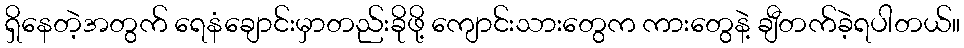
ရှိနေတဲ့အတွက် ရေနံချောင်းမှာတည်းခိုဖို့ ကျောင်းသားတွေက ကားတွေနဲ့ ချီတက်ခဲ့ရပါတယ်။